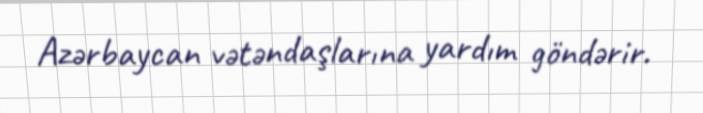
Azərbaycan vətəndaşlarına yardım göndərir.